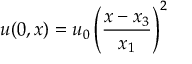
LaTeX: u ( 0 , x ) = u _ { 0 } \left( { \frac { x - x _ { 3 } } { x _ { 1 } } } \right) ^ { 2 }